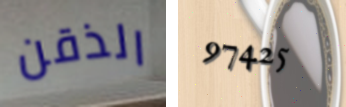
الذقن 97425